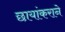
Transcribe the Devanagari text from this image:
छायांकराने